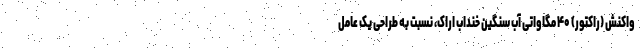
واکنش (راکتور) ۴۰ مگاواتی آب سنگین خنداب اراک، نسبت به طراحی یک عامل